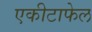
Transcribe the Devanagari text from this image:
एकीटाफेल